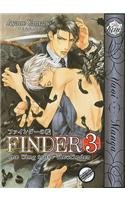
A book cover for Finder Volume 3: One Wing in the View Finder (Yaoi); Ayano Yamane; Comics & Graphic Novels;